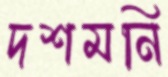
দশমনি